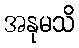
အနုမသိ